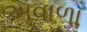
અવાળા